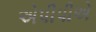
એપીપીએ